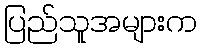
ပြည်သူအများက